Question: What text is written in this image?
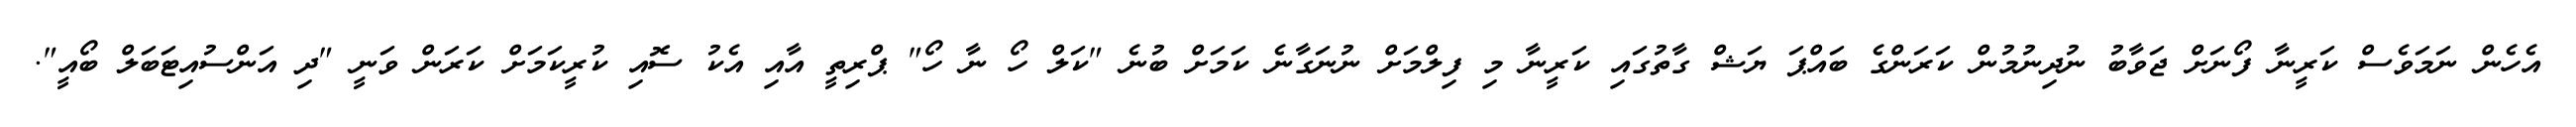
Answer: އެހެން ނަމަވެސް ކަރީނާ ފޯނަށް ޖަވާބު ނުދިނުމުން ކަރަންގެ ބައްޕަ ޔަޝް ގާތުގައި ކަރީނާ މި ފިލްމަށް ނުނަގާނެ ކަމަށް ބުނެ "ކަލް ހޯ ނާ ހޯ" ޕްރިތީ އާއި އެކު ސޮއި ކުރީކަމަށް ކަރަން ވަނީ "ދި އަންސުއިޓަބަލް ބޯއީ".